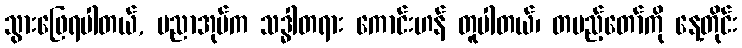
သွားဖြေရပါတယ်, ပညာအုပ်က သဒ္ဓါတရား ကောင်းဟန် တူပါတယ်၊ တပည့်တော်ကို နေ့တိုင်း